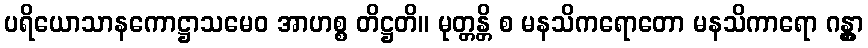
ပရိယောသာနကောဋ္ဌာသမေဝ အာဟစ္စ တိဋ္ဌတိ။ မုတ္တန္တိ စ မနသိကရောတော မနသိကာရော ဂန္တွာ